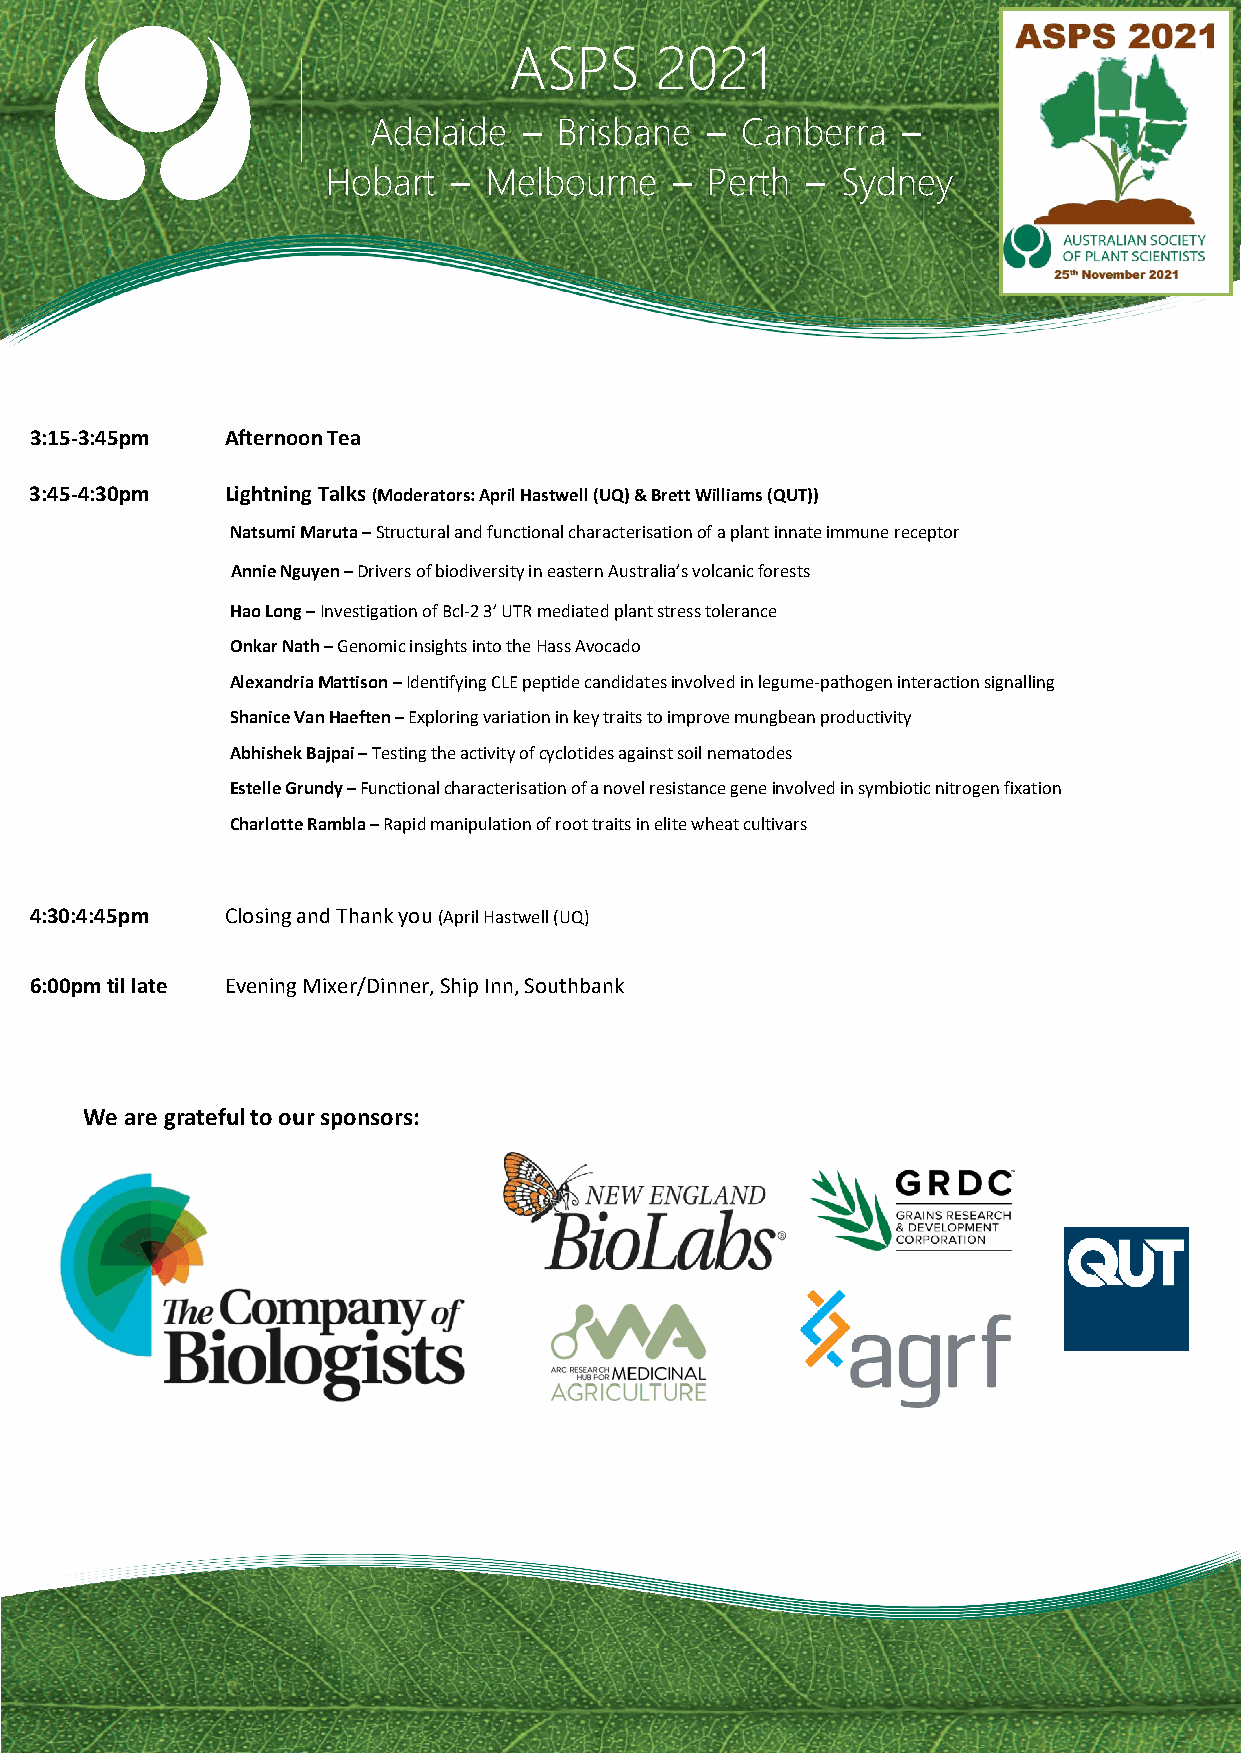
ASPS     2021
 Adelaide   – Brisbane  – Canberra   –
 Hobart  – Melbourne    – Perth –  Sydney
 3:15-3:45pm  Afternoon Tea
 3:45-4:30pm  Lightning Talks (Moderators: April Hastwell (UQ) & Brett Williams (QUT))
 Natsumi Maruta – Structural and functional characterisation of a plant innate immune receptor
 Annie Nguyen – Drivers of biodiversity in eastern Australia’s volcanic forests
 Hao Long – Investigation of Bcl-2 3’ UTR mediated plant stress tolerance
 Onkar Nath – Genomic insights into the Hass Avocado
 Alexandria Mattison – Identifying CLE peptide candidates involved in legume-pathogen interaction signalling
 Shanice Van Haeften – Exploring variation in key traits to improve mungbean productivity
 Abhishek Bajpai – Testing the activity of cyclotides against soil nematodes
 Estelle Grundy – Functional characterisation of a novel resistance gene involved in symbiotic nitrogen fixation
 Charlotte Rambla – Rapid manipulation of root traits in elite wheat cultivars
 4:30:4:45pm  Closing and Thank you (April Hastwell (UQ)
 6:00pm til late Evening Mixer/Dinner, Ship Inn, Southbank
 We are grateful to our sponsors: